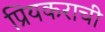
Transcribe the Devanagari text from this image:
प्रियकराची